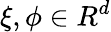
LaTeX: \xi,\phi\in R^{d}